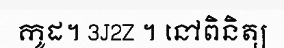
កូដ។ 3J2Z ។ នៅពិនិត្យ